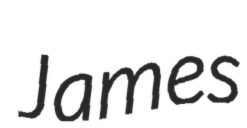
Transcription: James